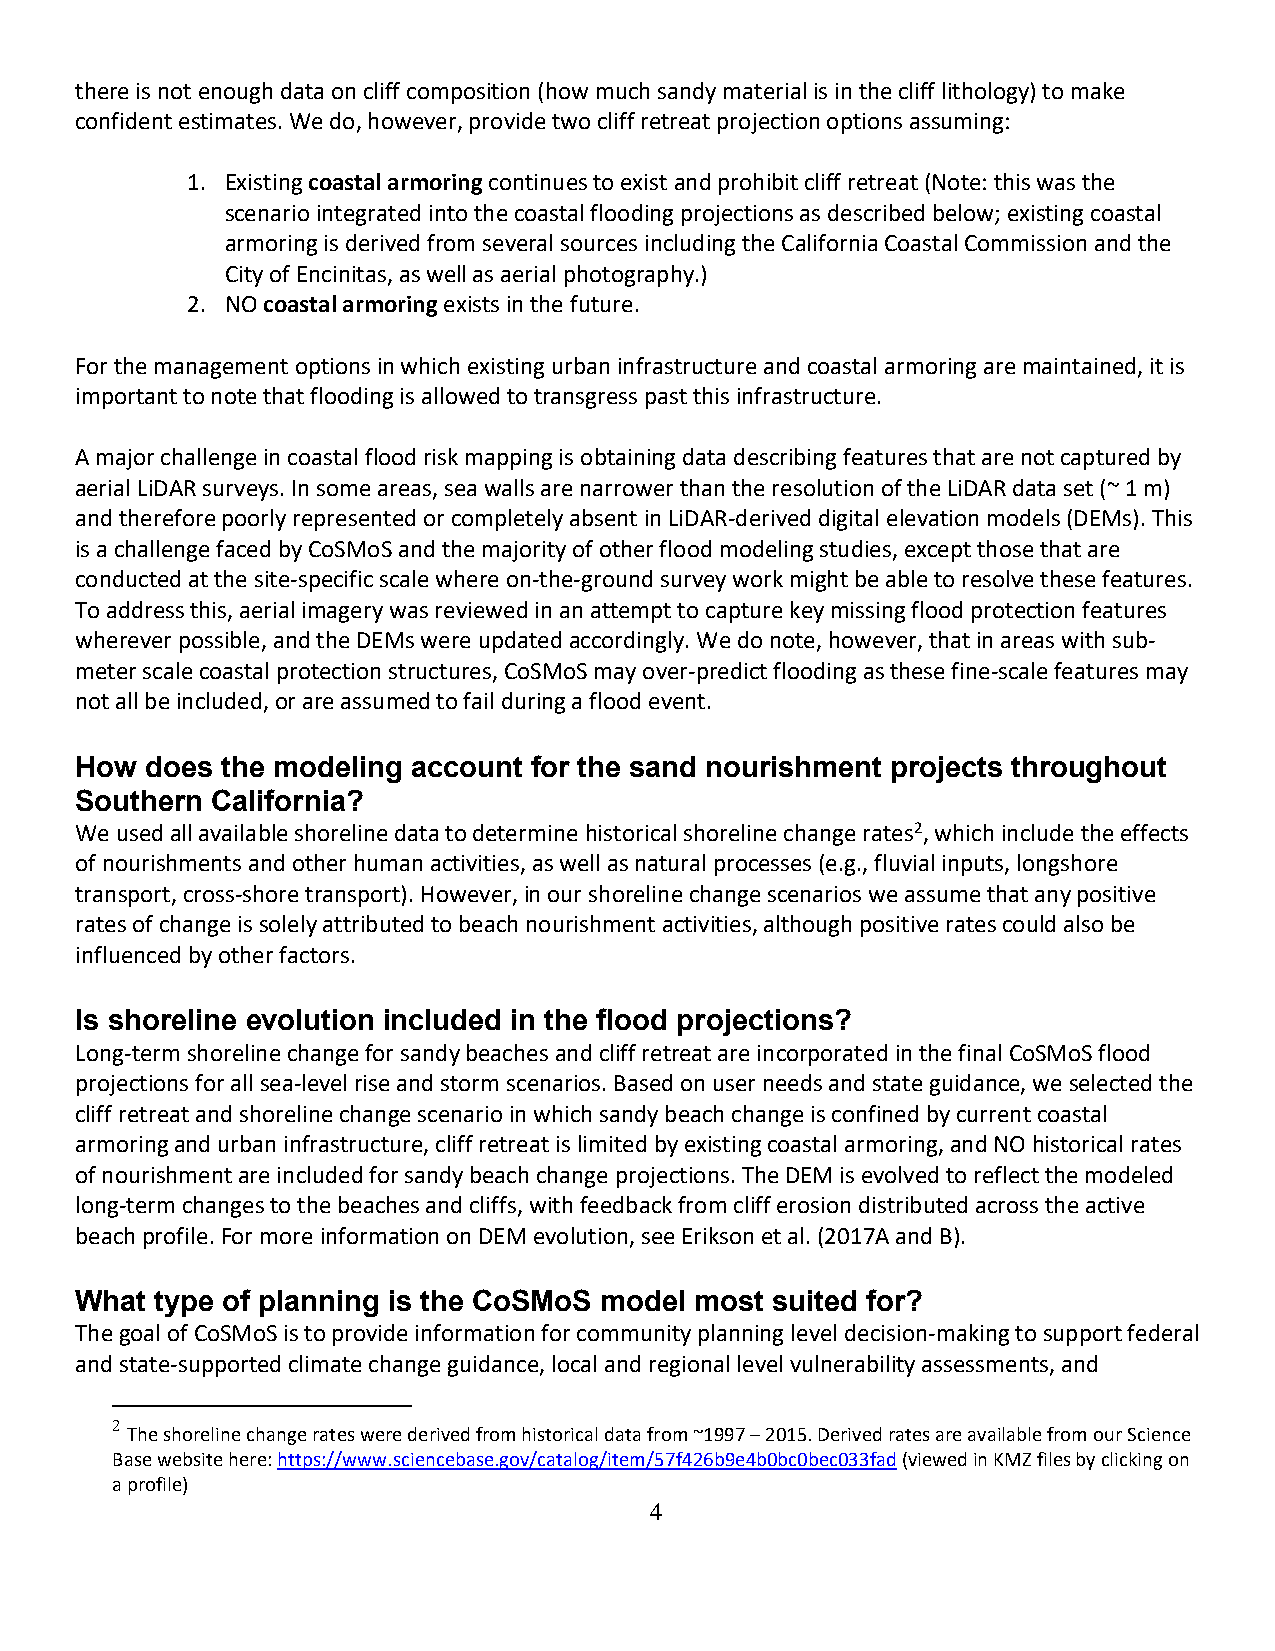
there is not enough data on cliff composition (how much sandy material is in the cliff lithology) to make
 confident estimates. We do, however, provide two cliff retreat projection options assuming:
 1. Existing coastal armoring continues to exist and prohibit cliff retreat (Note: this was the
 scenario integrated into the coastal flooding projections as described below; existing coastal
 armoring is derived from several sources including the California Coastal Commission and the
 City of Encinitas, as well as aerial photography.)
 2. NO coastal armoring exists in the future.
 For the management options in which existing urban infrastructure and coastal armoring are maintained, it is
 important to note that flooding is allowed to transgress past this infrastructure.
 A major challenge in coastal flood risk mapping is obtaining data describing features that are not captured by
 aerial LiDAR surveys. In some areas, sea walls are narrower than the resolution of the LiDAR data set (~ 1 m)
 and therefore poorly represented or completely absent in LiDAR-derived digital elevation models (DEMs). This
 is a challenge faced by CoSMoS and the majority of other flood modeling studies, except those that are
 conducted at the site-specific scale where on-the-ground survey work might be able to resolve these features.
 To address this, aerial imagery was reviewed in an attempt to capture key missing flood protection features
 wherever possible, and the DEMs were updated accordingly. We do note, however, that in areas with sub-
 meter scale coastal protection structures, CoSMoS may over-predict flooding as these fine-scale features may
 not all be included, or are assumed to fail during a flood event.
 How  does the modeling account for the sand nourishment projects throughout
 Southern California?
 We used all available shoreline data to determine historical shoreline change rates2, which include the effects
 of nourishments and other human activities, as well as natural processes (e.g., fluvial inputs, longshore
 transport, cross-shore transport). However, in our shoreline change scenarios we assume that any positive
 rates of change is solely attributed to beach nourishment activities, although positive rates could also be
 influenced by other factors.
 Is shoreline evolution included in the flood projections?
 Long-term shoreline change for sandy beaches and cliff retreat are incorporated in the final CoSMoS flood
 projections for all sea-level rise and storm scenarios. Based on user needs and state guidance, we selected the
 cliff retreat and shoreline change scenario in which sandy beach change is confined by current coastal
 armoring and urban infrastructure, cliff retreat is limited by existing coastal armoring, and NO historical rates
 of nourishment are included for sandy beach change projections. The DEM is evolved to reflect the modeled
 long-term changes to the beaches and cliffs, with feedback from cliff erosion distributed across the active
 beach profile. For more information on DEM evolution, see Erikson et al. (2017A and B).
 What type of planning is the CoSMoS model most suited for?
 The goal of CoSMoS is to provide information for community planning level decision-making to support federal
 and state-supported climate change guidance, local and regional level vulnerability assessments, and
 2
 The shoreline change rates were derived from historical data from ~1997 – 2015. Derived rates are available from our Science
 Base website here: https://www.sciencebase.gov/catalog/item/57f426b9e4b0bc0bec033fad (viewed in KMZ files by clicking on
 a profile)
 4